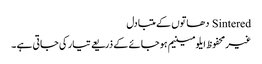
Sintered دھاتوں کے متبادل
غیرمحفوظ ایلومینیم ہوجائے کے ذریعے تیار کی جاتی ہے ۔